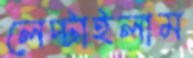
লেপ্‌টাইলাম